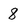
Character: 8